Document type: Sale
Year: 1274
Scribe: [Unknown]
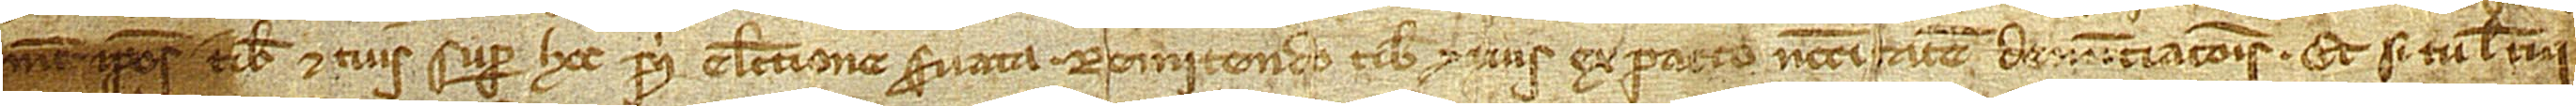
metipsos tibi et tuis super hoc prius electione servata. Remitendo tibi et tuis ex pacto neccesitatem denuntiacionis. Et si tu vel tui